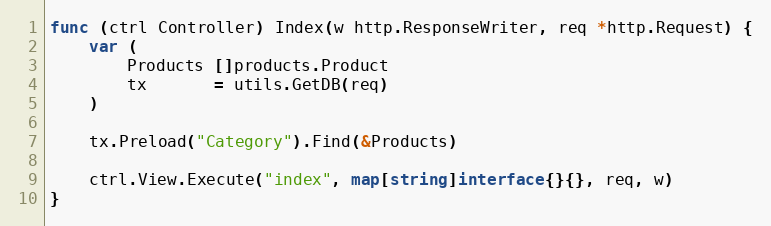
Language: Go
func (ctrl Controller) Index(w http.ResponseWriter, req *http.Request) {
	var (
		Products []products.Product
		tx       = utils.GetDB(req)
	)

	tx.Preload("Category").Find(&Products)

	ctrl.View.Execute("index", map[string]interface{}{}, req, w)
}